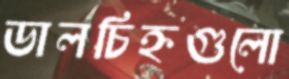
ডালচিহ্নগুলো